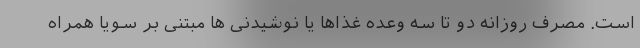
است. مصرف روزانه دو تا سه وعده غذاها یا نوشیدنی ها مبتنی بر سویا همراه